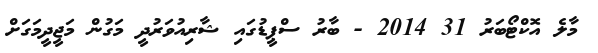
މާލެ އޮކްޓޯބަރު 31 2014 - ބާރު ސްޕީޑުގައި ޝާރިއުވަރުދީ މަގުން މަޖީދީމަގަށް